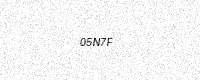
Text: 05N7F